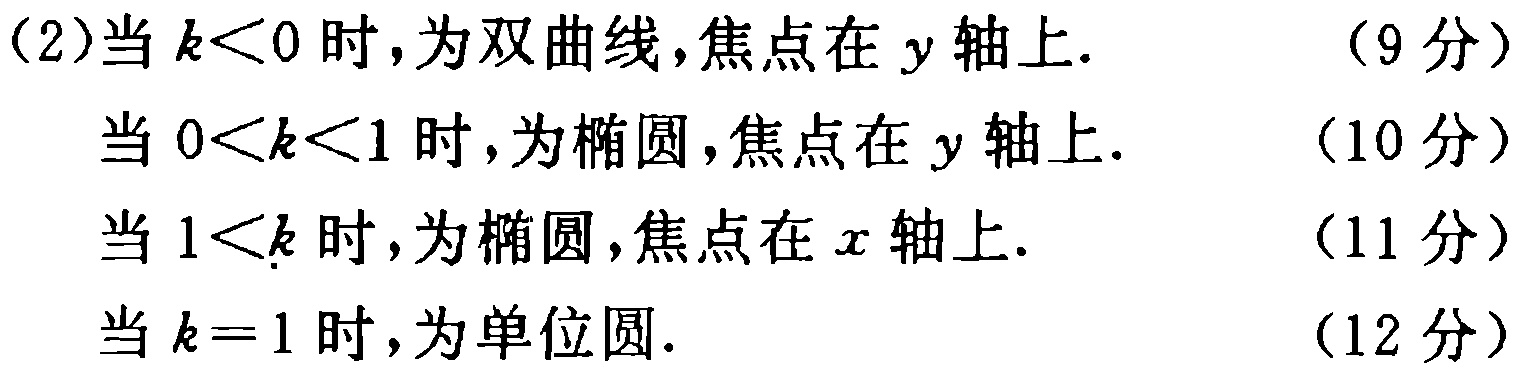
(2)当 \(k < 0\) 时,为双曲线,焦点在 \(y\) 轴上. （9 分）

当 \(0 < k < 1\) 时,为椭圆,焦点在 \(y\) 轴上. （10 分）

当 \(1 < k\) 时,为椭圆,焦点在 \(x\) 轴上. （11 分）

当 \(k = 1\) 时,为单位圆. （12 分）